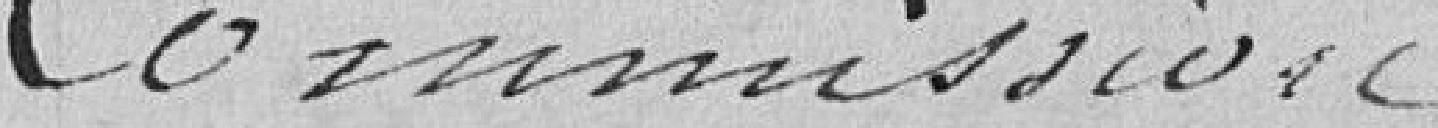
Commission :